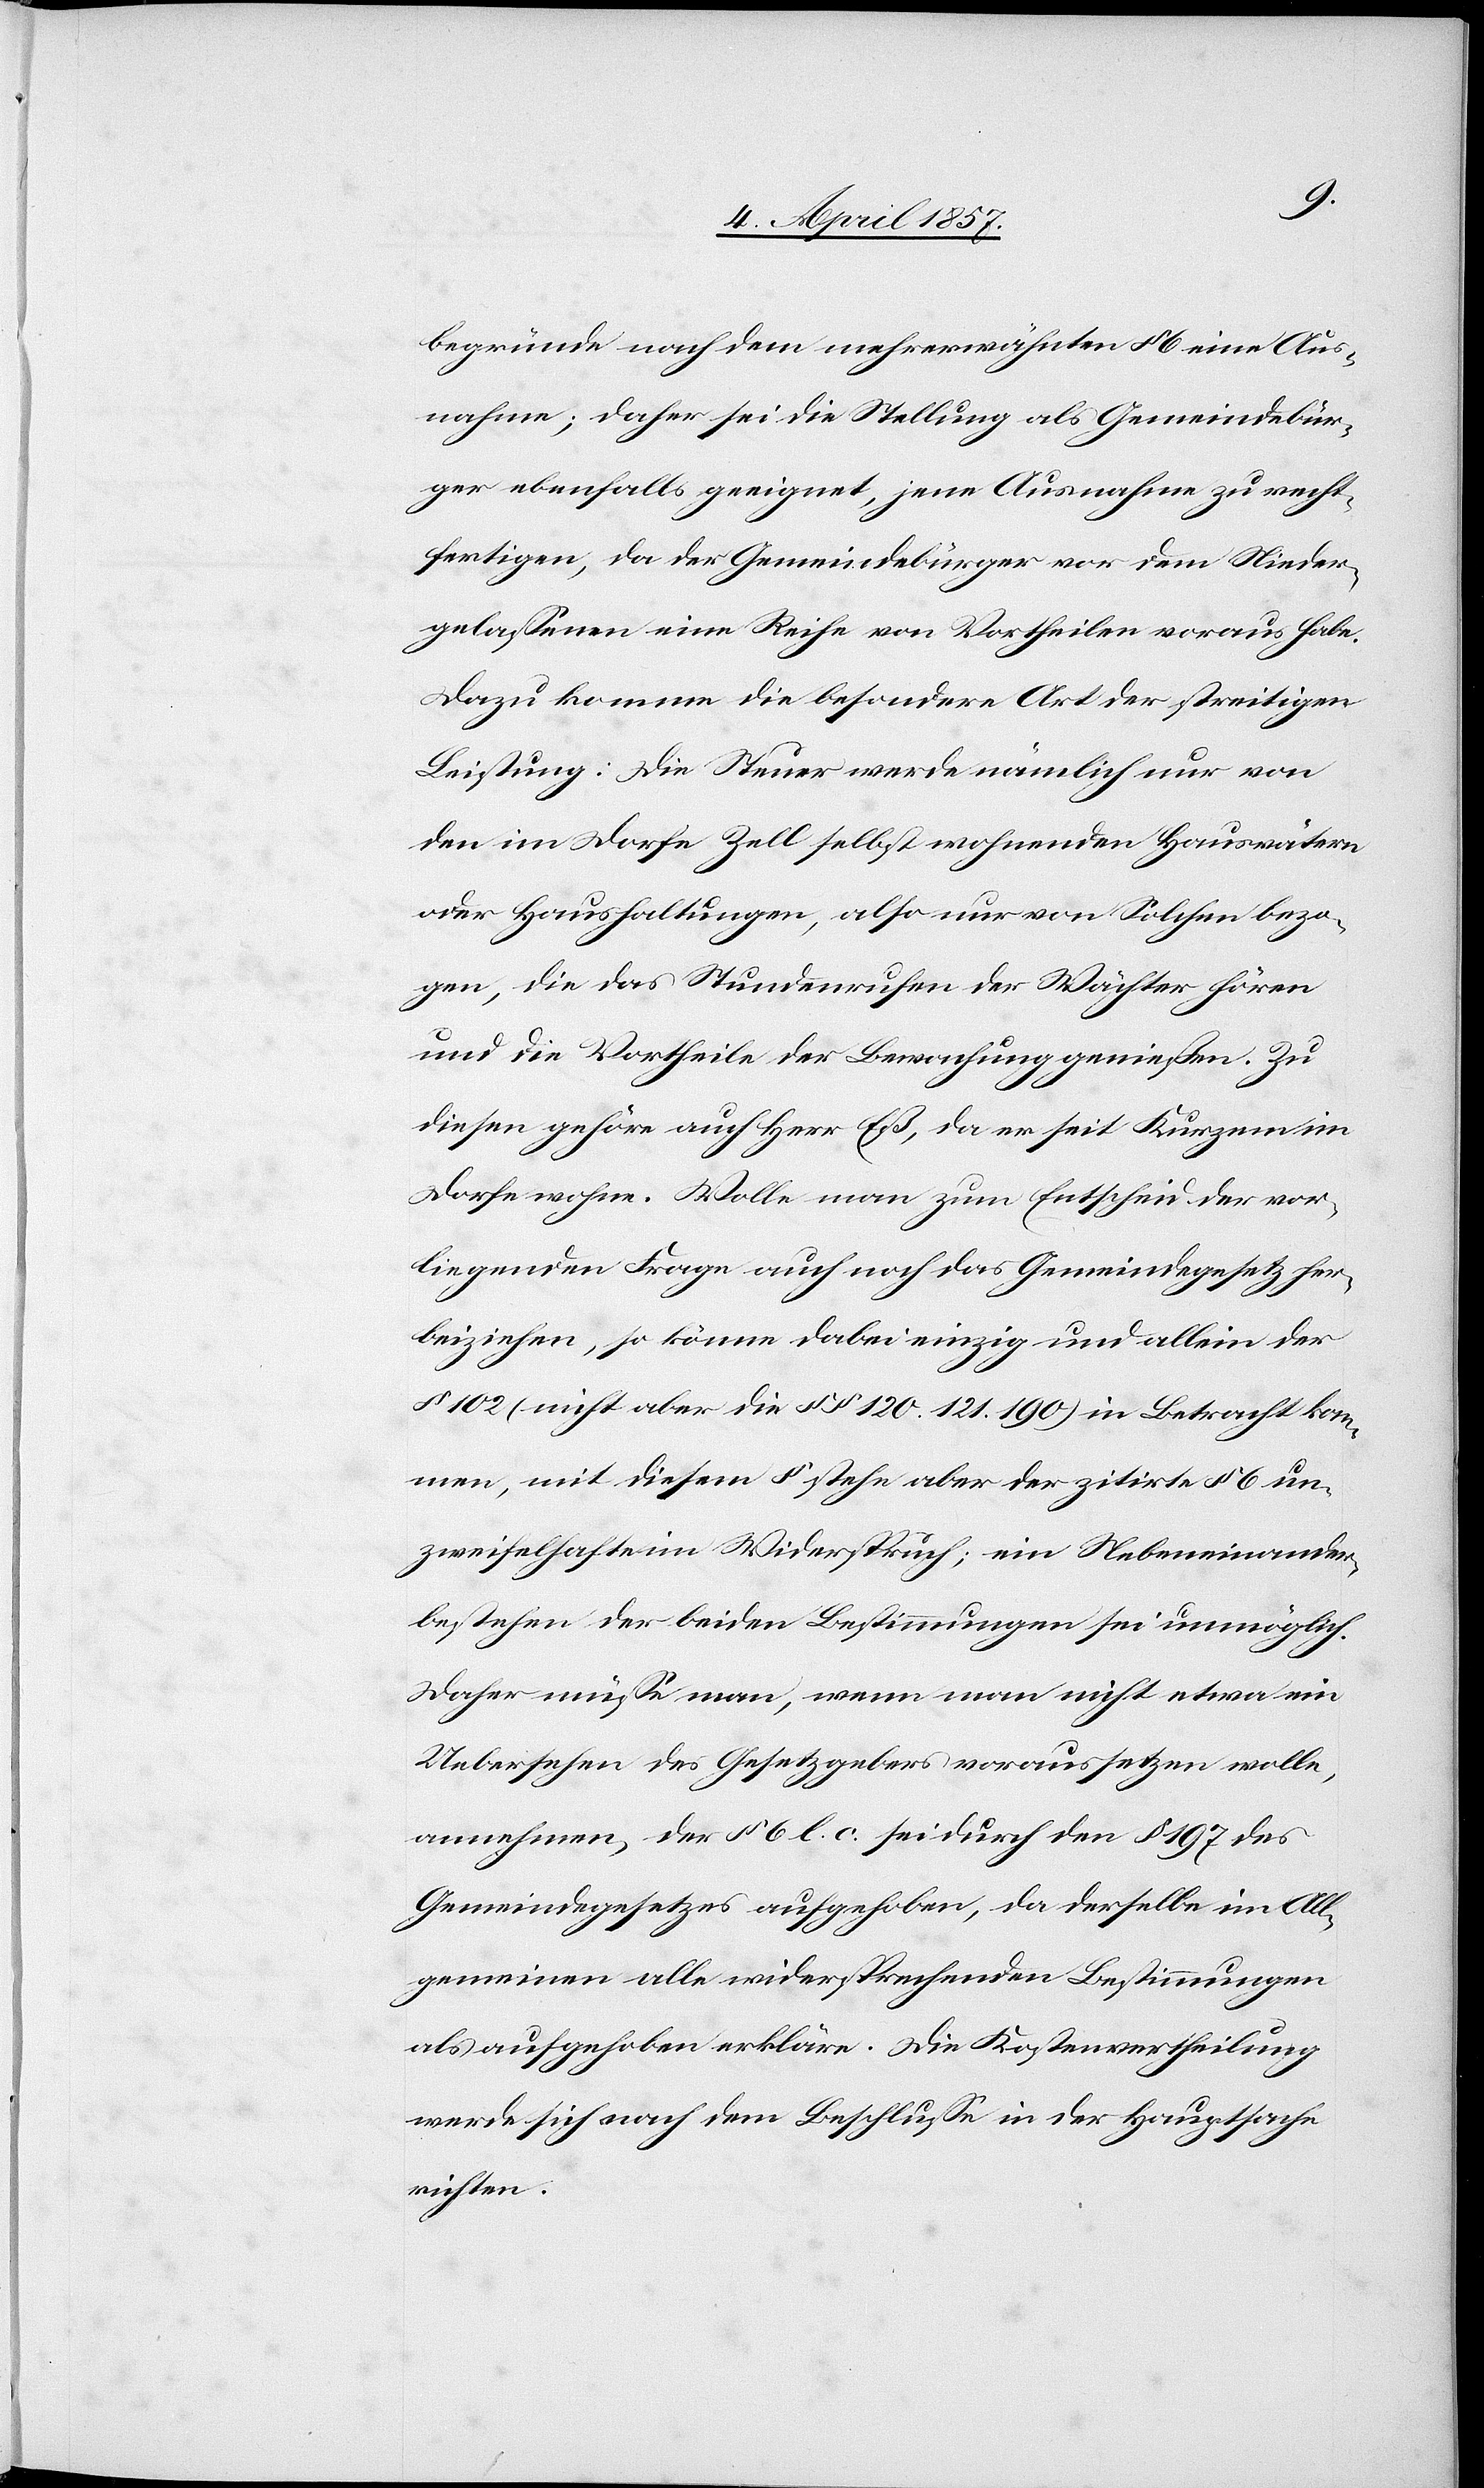
begründe nach dem mehrerwähnten § 6 eine Aus¬
nahme; daher sei die Stellung als Gemeindebür¬
ger ebenfalls geeignet, jene Ausnahme zu recht¬
fertigen, da der Gemeindebürger vor dem Nieder¬
gelassenen eine Reihe von Vortheilen voraus habe.
Dazu komme die besondere Art der streitigen
Leistung: Die Steuer werde nämlich nur von
den im Dorfe Zell selbst wohnenden Hauswärtern
oder Haushaltungen, also nur von Solchen bezo¬
gen, die das Stundenrufen der Wächter hören
und die Vortheile der Bewachung genießen. Zu
diesen gehöre auch Herr Eß, da er seit Kurzem im
Dorfe wohne. Wolle man zum Entscheid der vor¬
liegenden Frage auch noch das Gemeindegesetz her¬
beiziehen, so könne dabei einzig und allein der
§ 102 (nicht aber die §§ 120. 121. 190) in Betracht kom¬
men, mit diesem § stehe aber der zitirte § 6 un¬
zweifelhafte im Widerspruch; ein Nebeneinander¬
bestehen der beiden Bestimmungen sei unmöglich.
Daher müsse man, wenn man nicht etwa ein
Uebersehen des Gesetzgebers voraussetzen wolle,
annehmen, der § 6 l. c. sei durch den § 197 des
Gemeindegesetzes aufgehoben, da derselbe im All¬
gemeinen alle widersprechenden Bestimmungen
als aufgehoben erkläre. Die Kostenvertheilung
werde sich nach dem Beschlusse in der Hauptsache
richten.